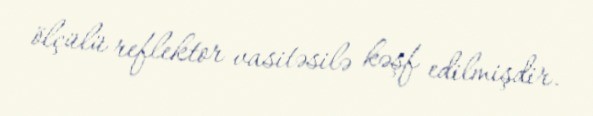
ölçülü reflektor vasitəsilə kəşf edilmişdir.